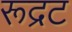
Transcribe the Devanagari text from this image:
रूद्रट